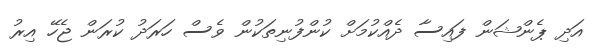
އަދި ޕެންޝަން ފައިސާ ދެއްކުމަށް ކުންފުނިތަކުން ވެސް ހަރަދު ކުރަން ޖެހޭ އިރު